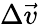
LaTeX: \Delta\vec{v}